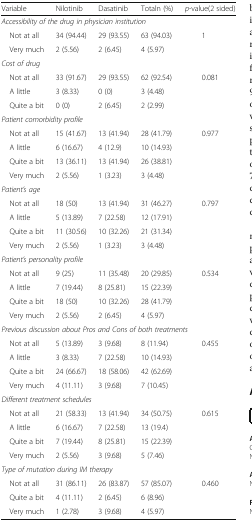
<table><thead><tr><td><b>Variable</b></td><td><b>Nilotinib</b></td><td><b>Dasatinib</b></td><td><b>Totaln (%)</b></td><td><b><i>p</i>-value(2 sided)</b></td></tr></thead><tbody><tr><td colspan="5"><i>Accessibility of the drug in physician institution</i></td></tr><tr><td> Not at all</td><td>34 (94.44)</td><td>29 (93.55)</td><td>63 (94.03)</td><td>1</td></tr><tr><td> Very much</td><td>2 (5.56)</td><td>2 (6.45)</td><td>4 (5.97)</td><td></td></tr><tr><td colspan="5"><i>Cost of drug</i></td></tr><tr><td> Not at all</td><td>33 (91.67)</td><td>29 (93.55)</td><td>62 (92.54)</td><td>0.081</td></tr><tr><td> A little</td><td>3 (8.33)</td><td>0 (0)</td><td>3 (4.48)</td><td></td></tr><tr><td> Quite a bit</td><td>0 (0)</td><td>2 (6.45)</td><td>2 (2.99)</td><td></td></tr><tr><td colspan="5"><i>Patient comorbidity profile</i></td></tr><tr><td> Not at all</td><td>15 (41.67)</td><td>13 (41.94)</td><td>28 (41.79)</td><td>0.977</td></tr><tr><td> A little</td><td>6 (16.67)</td><td>4 (12.9)</td><td>10 (14.93)</td><td></td></tr><tr><td> Quite a bit</td><td>13 (36.11)</td><td>13 (41.94)</td><td>26 (38.81)</td><td></td></tr><tr><td> Very much</td><td>2 (5.56)</td><td>1 (3.23)</td><td>3 (4.48)</td><td></td></tr><tr><td colspan="5"><i>Patient’s age</i></td></tr><tr><td> Not at all</td><td>18 (50)</td><td>13 (41.94)</td><td>31 (46.27)</td><td>0.797</td></tr><tr><td> A little</td><td>5 (13.89)</td><td>7 (22.58)</td><td>12 (17.91)</td><td></td></tr><tr><td> Quite a bit</td><td>11 (30.56)</td><td>10 (32.26)</td><td>21 (31.34)</td><td></td></tr><tr><td> Very much</td><td>2 (5.56)</td><td>1 (3.23)</td><td>3 (4.48)</td><td></td></tr><tr><td colspan="5"><i>Patient’s personality profile</i></td></tr><tr><td> Not at all</td><td>9 (25)</td><td>11 (35.48)</td><td>20 (29.85)</td><td>0.534</td></tr><tr><td> A little</td><td>7 (19.44)</td><td>8 (25.81)</td><td>15 (22.39)</td><td></td></tr><tr><td> Quite a bit</td><td>18 (50)</td><td>10 (32.26)</td><td>28 (41.79)</td><td></td></tr><tr><td> Very much</td><td>2 (5.56)</td><td>2 (6.45)</td><td>4 (5.97)</td><td></td></tr><tr><td colspan="5"><i>Previous discussion about Pros and Cons of both treatments</i></td></tr><tr><td> Not at all</td><td>5 (13.89)</td><td>3 (9.68)</td><td>8 (11.94)</td><td>0.455</td></tr><tr><td> A little</td><td>3 (8.33)</td><td>7 (22.58)</td><td>10 (14.93)</td><td></td></tr><tr><td> Quite a bit</td><td>24 (66.67)</td><td>18 (58.06)</td><td>42 (62.69)</td><td></td></tr><tr><td> Very much</td><td>4 (11.11)</td><td>3 (9.68)</td><td>7 (10.45)</td><td></td></tr><tr><td colspan="5"><i>Different treatment schedules</i></td></tr><tr><td> Not at all</td><td>21 (58.33)</td><td>13 (41.94)</td><td>34 (50.75)</td><td>0.615</td></tr><tr><td> A little</td><td>6 (16.67)</td><td>7 (22.58)</td><td>13 (19.4)</td><td></td></tr><tr><td> Quite a bit</td><td>7 (19.44)</td><td>8 (25.81)</td><td>15 (22.39)</td><td></td></tr><tr><td> Very much</td><td>2 (5.56)</td><td>3 (9.68)</td><td>5 (7.46)</td><td></td></tr><tr><td colspan="5"><i>Type of mutation during IM therapy</i></td></tr><tr><td> Not at all</td><td>31 (86.11)</td><td>26 (83.87)</td><td>57 (85.07)</td><td>0.460</td></tr><tr><td> Quite a bit</td><td>4 (11.11)</td><td>2 (6.45)</td><td>6 (8.96)</td><td></td></tr><tr><td> Very much</td><td>1 (2.78)</td><td>3 (9.68)</td><td>4 (5.97)</td><td></td></tr></tbody></table>